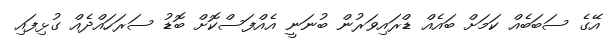
އޭގެ ސަބަބެއް ކަމަށް ބައެއް ޑްރައިވަރުން ބުނަނީ އެއްފަސްކޮށް ބޮޑު ސަރަހައްދެއް ގުޅިފައި